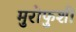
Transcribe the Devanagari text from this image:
मुरोफुशी